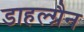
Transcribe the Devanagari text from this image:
डाहल्ग्रैन